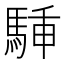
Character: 𩣙